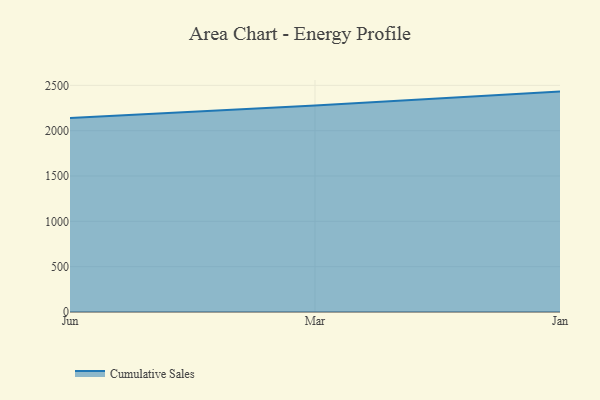
{"axis": {"x": "Month", "y": "Backlog"}, "legend": ["Cumulative Sales"], "data": [{"x": "Jun", "y": 2140.0, "type": "Cumulative Sales"}, {"x": "Mar", "y": 2277.5, "type": "Cumulative Sales"}, {"x": "Jan", "y": 2431.2, "type": "Cumulative Sales"}]}